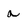
Character: a